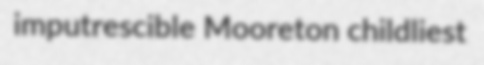
imputrescible Mooreton childliest